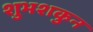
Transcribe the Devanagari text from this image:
शुभशकुन